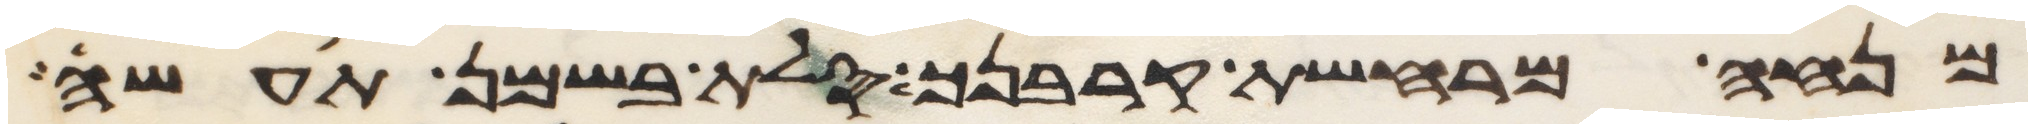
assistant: מנחה מרחשת קרבנך סלת בשמן תעשה